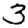
Digit: 3